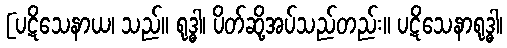
[ပဋိသေနာယ၊ သည်။ ရုဒ္ဓါ၊ ပိတ်ဆို့အပ်သည်တည်း။ ပဋိသေနာရုဒ္ဓါ၊